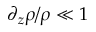
\partial _ { z } \rho / \rho \ll 1